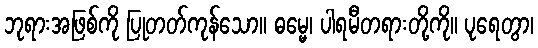
ဘုရားအဖြစ်ကို ပြုတတ်ကုန်သော။ ဓမ္မေ၊ ပါရမီတရားတို့ကို။ ပုရေတွာ၊